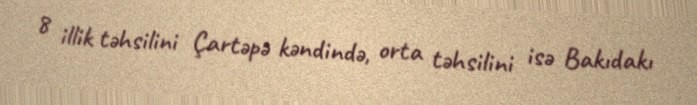
8 illik təhsilini Çartəpə kəndində, orta təhsilini isə Bakıdakı